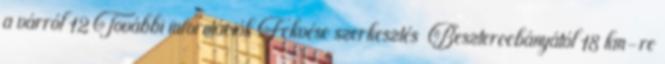
a várról 12 További információk Fekvése szerkesztés Besztercebányától 18 km-re